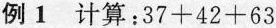
例 1 计算：$$3 7 + 4 2 + 6 3$$